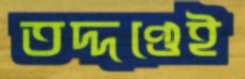
তদ্দণ্ডেই